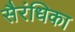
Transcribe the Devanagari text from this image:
सैरंधिका